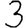
Digit: 3